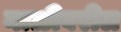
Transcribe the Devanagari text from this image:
नाळीवरील